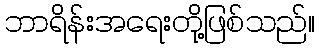
ဘာရိန်းအရေးတို့ဖြစ်သည်။